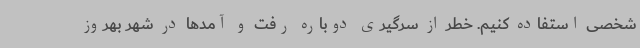
شخصی استفاده کنیم. خطر از سرگیری دوباره رفت و آمدها در شهر بهروز